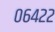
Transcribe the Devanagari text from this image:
०६४२२